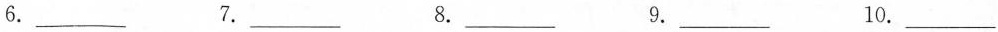
6.___ 7.___ 8.___ 9.___ 10.___